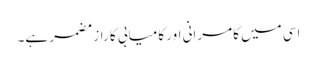
اسی میں کامرانی اور کامیابی کا راز مضمر ہے۔